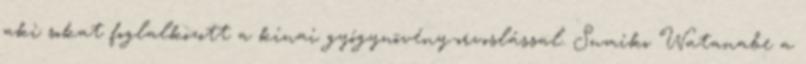
aki sokat foglalkozott a kínai gyógynövény-orvoslással. Sumiko Watanabe a